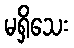
မရှိသေး